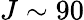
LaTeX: J\sim 90